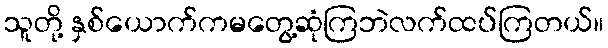
သူတို့ နှစ်ယောက်ကမတွေ့ဆုံကြဘဲလက်ထပ်ကြတယ်။